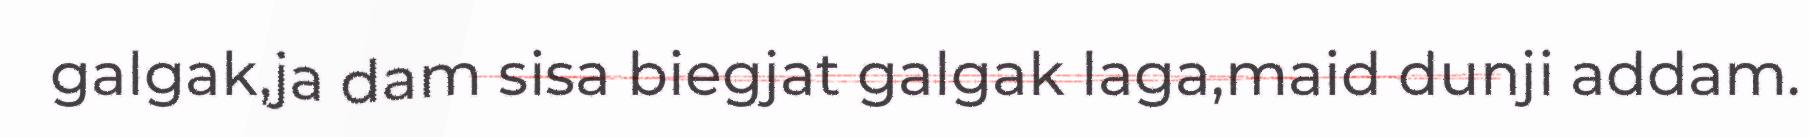
galgak,ja dam sisa biegjat galgak laga,maid dunji addam.